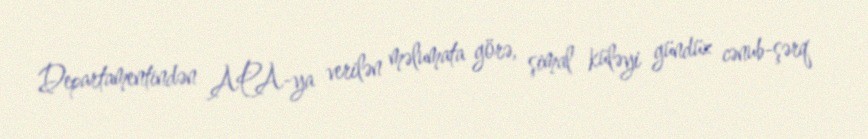
Departamentindən APA-ya verilən məlumata görə, şimal küləyi gündüz cənub-şərq